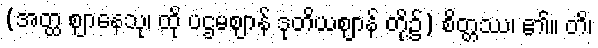
(အတ္ထ ဈာနေသု၊ ထို ပဌမဈာန် ဒုတိယဈာန် တို့၌) စိတ္တဿ၊ ၏။ တိ၊